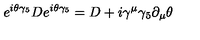
e ^ { i \theta \gamma _ { 5 } } D e ^ { i \theta \gamma _ { 5 } } = D + i \gamma ^ { \mu } \gamma _ { 5 } \partial _ { \mu } \theta